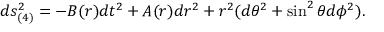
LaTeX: d s _ { ( 4 ) } ^ { 2 } = - B ( r ) d t ^ { 2 } + A ( r ) d r ^ { 2 } + r ^ { 2 } ( d \theta ^ { 2 } + \sin ^ { 2 } \theta d \phi ^ { 2 } ) .